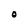
Character: O